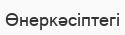
Өнеркәсіптегі